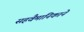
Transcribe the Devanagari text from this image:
सहवैमानिकाने